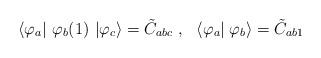
LaTeX: \begin{align*}\left\langle \varphi_a \right|\, \varphi_b(1)\, \left| \varphi_c \right\rangle= \tilde C_{abc}\ ,\ \ \left\langle \varphi_a \right|\left. \varphi_b \right\rangle= \tilde C_{ab1}\end{align*}